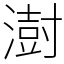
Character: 澍